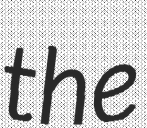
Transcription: the